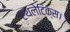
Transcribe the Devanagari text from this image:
एथलेटिक्स।